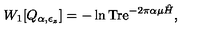
W _ { 1 } [ Q _ { \alpha , \epsilon _ { z } } ] = - \ln \mathrm { T r e } ^ { - 2 \pi \alpha \mu \hat { H } } ,